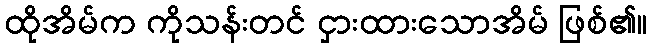
ထိုအိမ်က ကိုသန်းတင် ငှားထားသောအိမ် ဖြစ်၏။